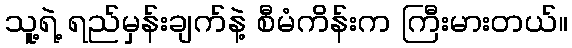
သူ့ရဲ့ ရည်မှန်းချက်နဲ့ စီမံကိန်းက ကြီးမားတယ်။